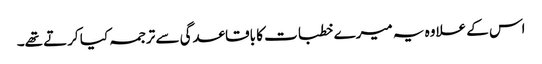
اس کے علاوہ یہ میرے خطبات کا باقاعدگی سے ترجمہ کیا کرتے تھے۔